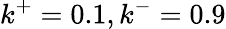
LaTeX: k^{+}=0.1,k^{-}=0.9